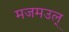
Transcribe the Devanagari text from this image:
मजमउल्